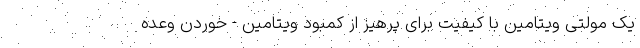
یک مولتی ویتامین با کیفیت برای پرهیز از کمبود ویتامین - خوردن وعده